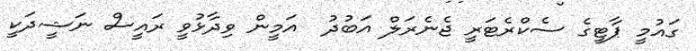
ގައުމީ ޕާޓީގެ ސެކްރެޓަރީ ޖެނެރަލް އަބުދު  އަމީން ވިދާޅުވީ ރައީސް ނަޝީދަކީ